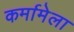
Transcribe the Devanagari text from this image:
कर्मामेला